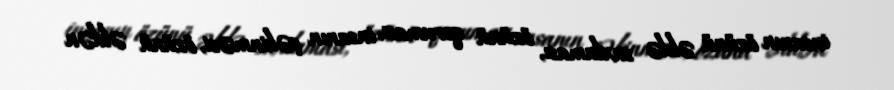
insanın özünü əldə saxlaması, özünü qoruması, insanın çəkinməsi, özünü əldən